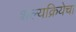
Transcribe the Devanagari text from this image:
शल्यक्रियेचा